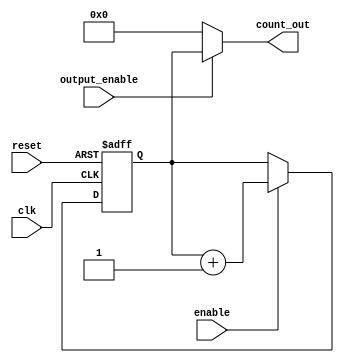
module synchronous_counter (
    input wire clk,                // Clock input
    input wire reset,              // Asynchronous reset input
    input wire enable,             // Enable input
    input wire output_enable,      // Output enable input
    output reg [3:0] count_out     // 4-bit output for the count value
);

    // Internal counter register
    reg [3:0] counter_reg;

    // Asynchronous reset and synchronous counting logic
    always @(posedge clk or posedge reset) begin
        if (reset) begin
            counter_reg <= 4'b0000;  // Reset counter to 0
        end else if (enable) begin
            counter_reg <= counter_reg + 1; // Increment counter
        end
    end

    // Output control logic
    always @(*) begin
        if (output_enable) begin
            count_out = counter_reg; // Present count value at output
        end else begin
            count_out = 4'b0000;      // Output 0 if output_enable is low
        end
    end

endmodule